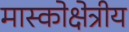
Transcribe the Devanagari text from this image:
मास्कोक्षेत्रीय